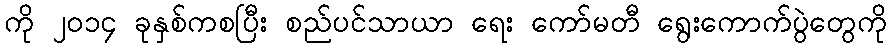
ကို ၂၀၁၄ ခုနှစ်ကစပြီး စည်ပင်သာယာ ရေး ကော်မတီ ရွေးကောက်ပွဲတွေကို